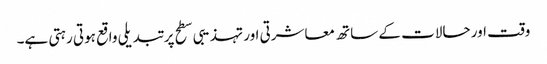
وقت اور حالات کے ساتھ معاشرتی اور تہذیبی سطح پر تبدیلی واقع ہوتی رہتی ہے۔